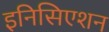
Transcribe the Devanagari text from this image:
इनिसिएशन